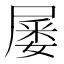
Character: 𡲹